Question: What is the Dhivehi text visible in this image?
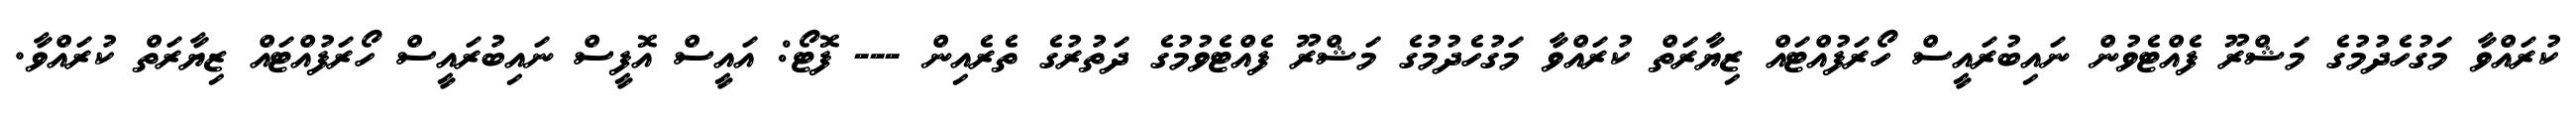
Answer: ކުރައްވާ މަގުހެދުމުގެ މަޝްރޫ ފެއްޓެވުން ނައިބުރައީސް ހޯރަފުއްޓައް ޒިޔާރަތް ކުރައްވާ މަގުހެދުމުގެ މަޝްރޫ ފެއްޓެވުމުގެ ދަތުރުގެ ތެރެއިން --- ފޮޓޯ: އައީސް އޮފީސް ނައިބުރައީސް ހޯރަފުއްޓައް ޒިޔާރަތް ކުރައްވާ.